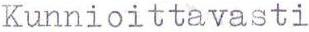
Kunnioittavasti